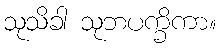
သုသိခါ သုဘပက္ခိကာ။